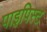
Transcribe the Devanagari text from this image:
पाइपिस्ट